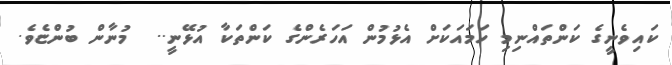
ކައިވެނީގެ ކަންތައްނިމި ހަމައަކަށް އެޅުމުން އަހަރެންގެ ކަންތަކާ އުޅޭނީ..  މުނާން ބުންޏެވެ.